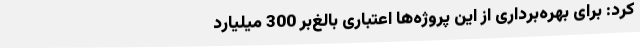
کرد: برای بهره‌برداری از این پروژه‌ها اعتباری بالغ‌بر 300 میلیارد